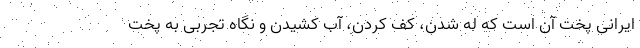
ایرانی پخت آن است که له شدن، کف کردن، آب کشیدن و نگاه تجربی به پخت